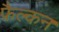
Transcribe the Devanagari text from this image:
फ़ैल्कन